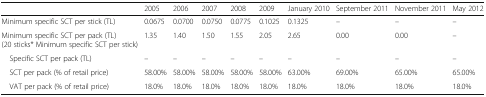
<table><thead><tr><td></td><td><b>2005</b></td><td><b>2006</b></td><td><b>2007</b></td><td><b>2008</b></td><td><b>2009</b></td><td><b>January 2010</b></td><td><b>September 2011</b></td><td><b>November 2011</b></td><td><b>May 2012</b></td></tr></thead><tbody><tr><td>Minimum specific SCT per stick (TL)</td><td>0.0675</td><td>0.0700</td><td>0.0750</td><td>0.0775</td><td>0.1025</td><td>0.1325</td><td>–</td><td>–</td><td>–</td></tr><tr><td>Minimum specific SCT per pack (TL) (20 sticks* Minimum specific SCT per stick)</td><td>1.35</td><td>1.40</td><td>1.50</td><td>1.55</td><td>2.05</td><td>2.65</td><td>0.00</td><td>0.00</td><td>–</td></tr><tr><td> Specific SCT per pack (TL)</td><td>–</td><td>–</td><td>–</td><td>–</td><td>–</td><td>–</td><td>–</td><td>–</td><td>–</td></tr><tr><td> SCT per pack (% of retail price)</td><td>58.00%</td><td>58.00%</td><td>58.00%</td><td>58.00%</td><td>58.00%</td><td>63.00%</td><td>69.00%</td><td>65.00%</td><td>65.00%</td></tr><tr><td> VAT per pack (% of retail price)</td><td>18.0%</td><td>18.0%</td><td>18.0%</td><td>18.0%</td><td>18.0%</td><td>18.0%</td><td>18.0%</td><td>18.0%</td><td>18.0%</td></tr></tbody></table>